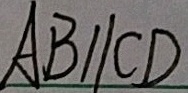
A B / / C D